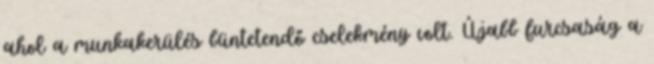
ahol a munkakerülés büntetendő cselekmény volt. Újabb furcsaság a